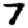
Digit: 7